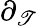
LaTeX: \partial_{\mathscr{T}}